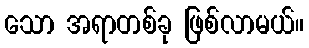
သော အရာတစ်ခု ဖြစ်လာမယ်။